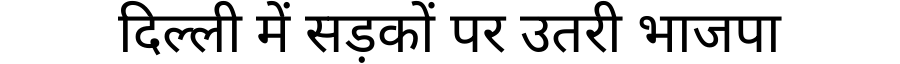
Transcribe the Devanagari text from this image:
दिल्ली में सड़कों पर उतरी भाजपा